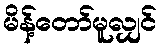
မိန့်တော်မူလျှင်